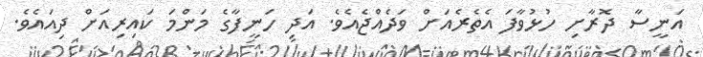
އަނީސާ ދޮރާށި ހުޅުވާފަ އެތެރެއަށް ވަދެއްޖެއެވެ. އަދި ހަނީފާގެ މަންމަ ކައިރިއަށް ދިއައެވެ.